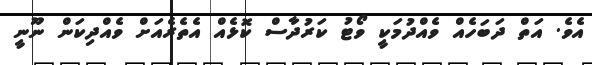
އެވެ. އަތް ދަބަހެއް ވެއްދުމަކީ ވޯޓު ކަރުދާސް ކޮޅެއް އެތެރެއަށް ވެއްދިކަން ނޫނީ